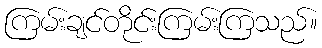
ကြမ်းချင်တိုင်းကြမ်းကြသည်။